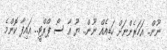
ނޫން.. އަހަރެންނަށް ހަޑިއެއް ނޫން.. ޔޫ އާ ސޯ ޕްރްޓީ.. އައިފާ ކޮންމެ